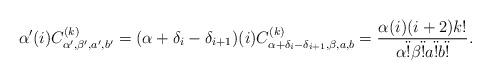
LaTeX: \begin{align*} \alpha'(i) C_{\alpha',\beta',a',b'}^{(k)} = (\alpha+\delta_i-\delta_{i+1})(i) C_{\alpha+\delta_i-\delta_{i+1},\beta,a,b}^{(k)}=\frac{\alpha(i)(i+2)k!}{\alpha\ddot!\beta\ddot!a\ddot!b\ddot!}. \end{align*}